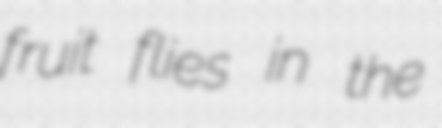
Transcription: fruit flies in the